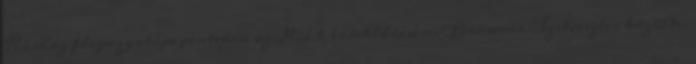
Kórház főigazgatója pénteken az MTI érdeklődésére. Brünner Szilveszter közölte: